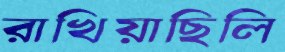
রাখিয়াছিলি